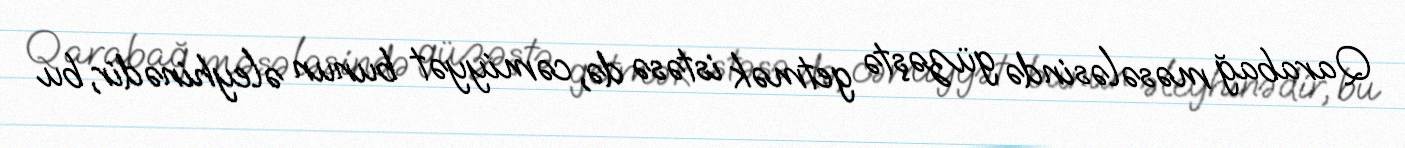
Qarabağ məsələsində güzəştə getmək istəsə də, cəmiyyət bunun əleyhinədir, bu